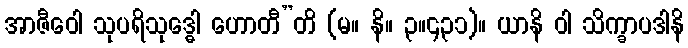
အာဇီဝေါ သုပရိသုဒ္ဓေါ ဟောတီ”တိ (မ။ နိ။ ၃။၄၃၁)။ ယာနိ ဝါ သိက္ခာပဒါနိ